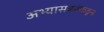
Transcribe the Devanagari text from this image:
अभ्यासकांकडून